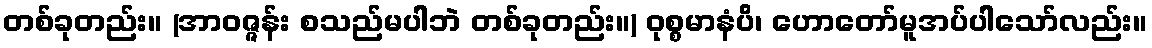
တစ်ခုတည်း။ (အာဝဇ္ဇန်း စသည်မပါဘဲ တစ်ခုတည်း။) ဝုစ္စမာနံပိ၊ ဟောတော်မူအပ်ပါသော်လည်း။